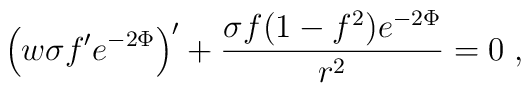
\left(w \sigma f' e^{-2\Phi}\right)' + \frac{\sigma f (1 - f^2)e^{-2\Phi}}{r^2} = 0\; ,